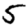
Digit: 5